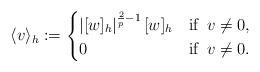
LaTeX: \begin{align*}\langle v\rangle_h:=\begin{cases}\left|[w]_h\right|^{\frac{2}{p}-1}[w]_h&\textrm{if}\,\,\,v \neq 0,\\0 &\textrm{if}\,\,\,v \neq 0.\end{cases}\end{align*}